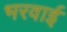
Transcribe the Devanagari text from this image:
भरवाई